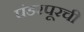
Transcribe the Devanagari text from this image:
पंडरपूरची